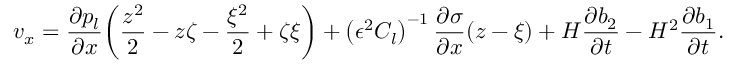
v _ { x } = \frac { \partial p _ { l } } { \partial x } \bigg ( \frac { z ^ { 2 } } { 2 } - z \zeta - \frac { \xi ^ { 2 } } { 2 } + \zeta \xi \bigg ) + \left( \epsilon ^ { 2 } C _ { l } \right) ^ { - 1 } \frac { \partial \sigma } { \partial x } ( z - \xi ) + H \frac { \partial b _ { 2 } } { \partial t } - H ^ { 2 } \frac { \partial b _ { 1 } } { \partial t } .